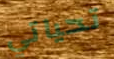
تحياتي